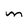
Character: m